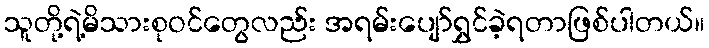
သူတို့ရဲ့မိသားစုဝင်တွေလည်း အရမ်းပျော်ရွှင်ခဲ့ရတာဖြစ်ပါတယ်။